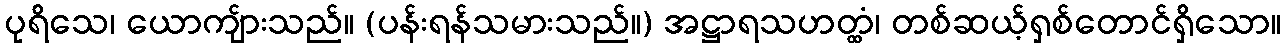
ပုရိသေ၊ ယောကျ်ားသည်။ (ပန်းရန်သမားသည်။) အဋ္ဌာရသဟတ္ထံ၊ တစ်ဆယ့်ရှစ်တောင်ရှိသော။